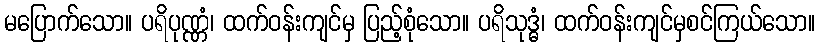
မပြောက်သော။ ပရိပုဏ္ဏံ၊ ထက်ဝန်းကျင်မှ ပြည့်စုံသော။ ပရိသုဒ္ဓံ၊ ထက်ဝန်းကျင်မှစင်ကြယ်သော။